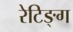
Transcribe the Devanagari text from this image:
रेटिङ्ग